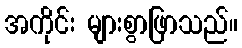
အကိုင်း များစွာဖြာသည်။